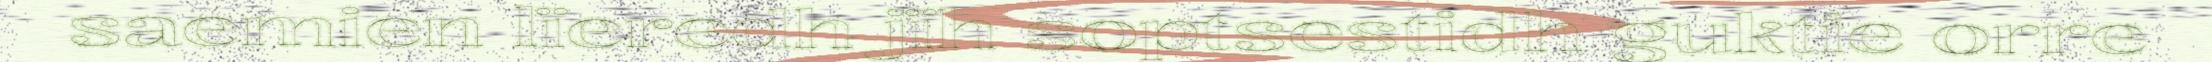
saemien lïeredh jïh soptsestidh guktie orre